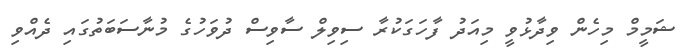
ޝަމީމް މިހެން ވިދާޅުވީ މިއަދު ފާހަގަކުރާ ސިވިލް ސާވިސް ދުވަހުގެ މުނާސަބަތުގައި ދެއްވި